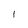
Character: 1